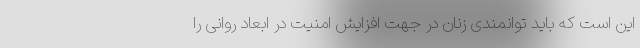
این است که باید توانمندی زنان در جهت افزایش امنیت در ابعاد روانی را